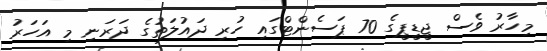
މިހާރު ވެސް ޖީޑީޕީގެ 70 ޕަސެންޓްގައި ހުރި ދައުލަތުގެ ދަރަނި މި އަހަރު